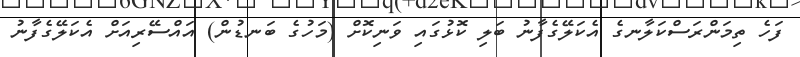
ފަހެ ތިމަންރަސްކަލާނގެ އެކަލޭގެފާނު ބަލި ކޮޅުގައި ވަނިކޮށް (މަހުގެ ބަނޑުން) އައްސޭރިއަށް އެކަލޭގެފާނު